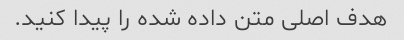
هدف اصلی متن داده شده را پیدا کنید.